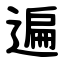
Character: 遍